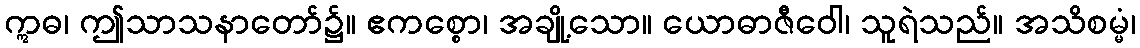
ဣဓ၊ ဤသာသနာတော်၌။ ဧကစ္စော၊ အချို့သော။ ယောဓာဇီဝေါ၊ သူရဲသည်။ အသိစမ္မံ၊